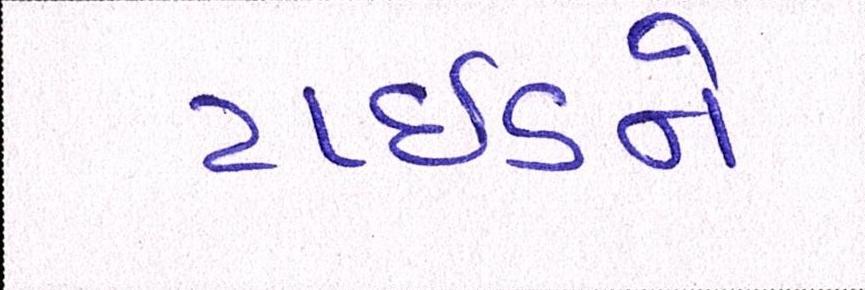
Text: ટાઈડને